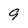
Character: 9